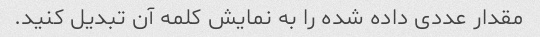
مقدار عددی داده شده را به نمایش کلمه آن تبدیل کنید.